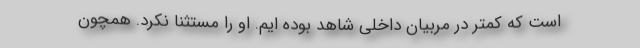
است که کمتر در مربیان داخلی شاهد بوده ایم. او را مستثنا نکرد. همچون